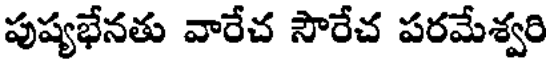
పుష్యభేనతు వారేచ సౌరేచ పరమేశ్వరి